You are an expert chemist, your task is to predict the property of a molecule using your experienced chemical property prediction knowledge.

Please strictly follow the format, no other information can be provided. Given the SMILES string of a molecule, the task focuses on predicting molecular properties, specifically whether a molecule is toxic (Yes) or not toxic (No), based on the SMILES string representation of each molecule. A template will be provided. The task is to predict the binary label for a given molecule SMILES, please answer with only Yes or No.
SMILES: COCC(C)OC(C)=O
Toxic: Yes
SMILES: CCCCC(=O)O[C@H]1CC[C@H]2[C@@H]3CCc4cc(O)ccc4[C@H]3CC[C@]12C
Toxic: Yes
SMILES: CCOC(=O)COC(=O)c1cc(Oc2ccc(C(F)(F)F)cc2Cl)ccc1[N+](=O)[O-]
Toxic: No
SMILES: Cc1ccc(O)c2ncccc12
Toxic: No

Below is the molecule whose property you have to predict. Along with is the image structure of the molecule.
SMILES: CC(=O)CC(=O)Nc1ccccc1C
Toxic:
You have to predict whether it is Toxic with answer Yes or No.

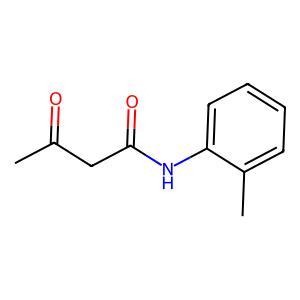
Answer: No